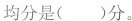
均分是( )分。